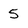
Character: 5